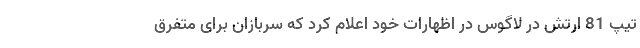
تیپ 81 ارتش در لاگوس در اظهارات خود اعلام کرد که سربازان برای متفرق